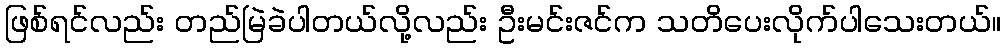
ဖြစ်ရင်လည်း တည်မြဲခဲပါတယ်လို့လည်း ဦးမင်းဇင်က သတိပေးလိုက်ပါသေးတယ်။